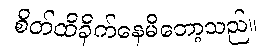
စိတ်ထိခိုက်နေမိတော့သည်။